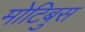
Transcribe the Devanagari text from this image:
मोटिबुस